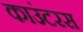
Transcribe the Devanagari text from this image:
काउंटरस